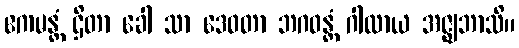
ဧကမန္တံ ဌိတာ ခေါ သာ ဒေဝတာ ဘဂဝန္တံ ဂါထာယ အဇ္ဈဘာသိ။